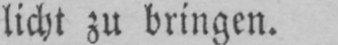
licht zu bringen.